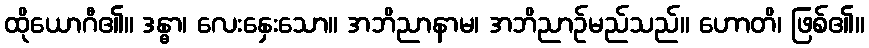
ထိုယောဂီ၏။ ဒန္ဓာ၊ လေးနှေးသော။ အဘိညာနာမ၊ အဘိညာဉ်မည်သည်။ ဟောတိ၊ ဖြစ်၏။